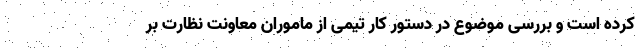
کرده است و بررسی موضوع در دستور کار تیمی از ماموران معاونت نظارت بر